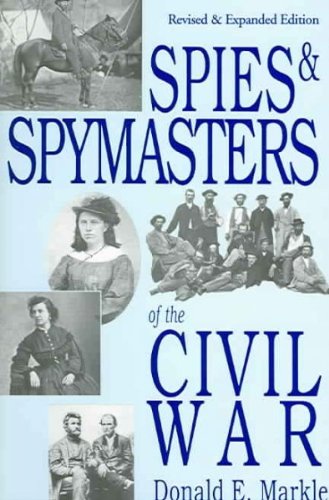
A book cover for Spies and Spymasters of the Civil War: Revised and Expanded Edition; Donald E. Markle; Law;